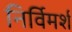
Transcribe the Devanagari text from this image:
निर्विमर्श